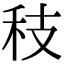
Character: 秓